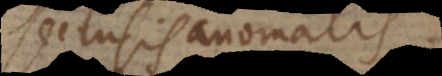
Seclusis anomalis